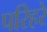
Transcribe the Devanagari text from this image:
परिहरे